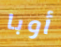
أوبا